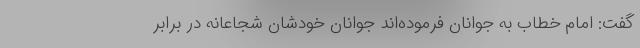
گفت: امام خطاب به جوانان فرموده‌اند جوانان خودشان شجاعانه در برابر